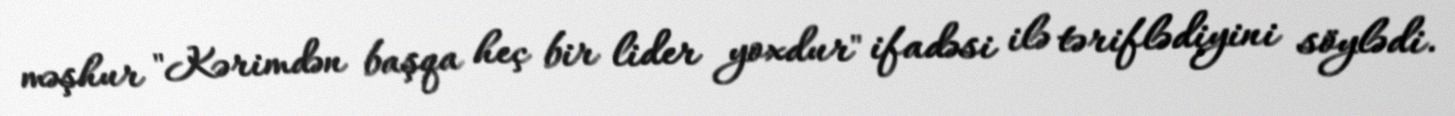
məşhur "Kərimdən başqa heç bir lider yoxdur" ifadəsi ilə təriflədiyini söylədi.